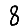
Digit: 8